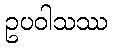
ဥပဝါသဿ